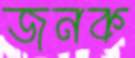
জনক